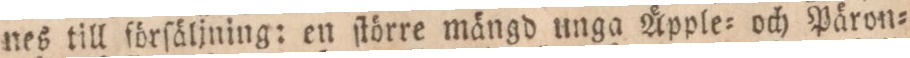
nes till förſäljning: en ſtörre mängd unga Äpple= och Päron=